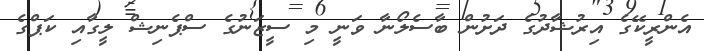
އެންރީކޭގެ އިރުޝާދުގެ ދަށުން ބާސެލޯނާ ވަނީ މި ސީޒަނުގެ ސްޕެނިޝް ލީގާއި ކަޕްގެ